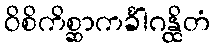
ဝိစိကိစ္ဆာကင်္ခါဂန္ထိတံ